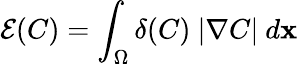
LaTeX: \mathcal{E}(C)=\int_{\Omega}\delta(C)\ |\nabla C|\ d\mathbf{x}